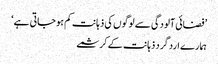
’فضائی آلودگی سے لوگوں کی ذہانت کم ہو جاتی ہے‘
ہمارے ارد گرد ذہانت کے کرشمے